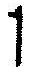
1